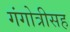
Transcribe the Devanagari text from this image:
गंगोत्रीसह